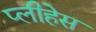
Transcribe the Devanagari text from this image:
प्लीहेस